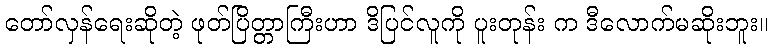
တော်လှန်ရေးဆိုတဲ့ ဖုတ်ပြိတ္တာကြီးဟာ ဒိပြင်လူကို ပူးတုန်း က ဒီလောက်မဆိုးဘူး။